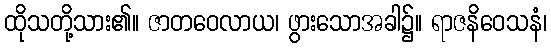
ထိုသတို့သား၏။ ဇာတဝေလာယ၊ ဖွားသောအခါ၌။ ရာဇနိဝေသနံ၊